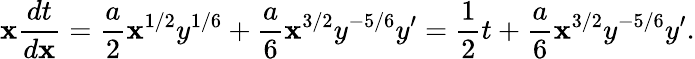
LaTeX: \mathbf{x}\frac{{dt}}{{d\mathbf{x}}}=\frac{{a}}{{2}}\mathbf{x}^{1/2}y^{1/6}+\frac{{a}}{{6}}\mathbf{x}^{3/2}y^{-5/6}y^{\prime}=\frac{{1}}{{2}}t+\frac{{a}}{{6}}\mathbf{x}^{3/2}y^{-5/6}y^{\prime}.